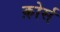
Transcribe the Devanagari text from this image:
क़ोर्स